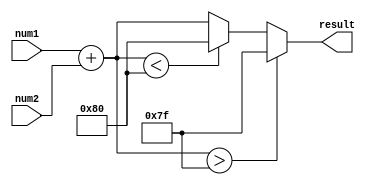
module fixed_point_adder (
    input wire signed [7:0] num1, // Input fixed-point number 1
    input wire signed [7:0] num2, // Input fixed-point number 2
    output reg signed [7:0] result // Output result of the addition operation
);

reg signed [7:0] sum_temp; // Temporary variable for storing sum

always @* begin
    // Perform fixed-point addition operation
    sum_temp = num1 + num2;
    
    // Logic for handling overflow conditions
    if (sum_temp > 127)
        result = 127;
    else if (sum_temp < -128)
        result = -128;
    else
        result = sum_temp;
end

endmodule